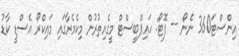
އިންސްޓަ360 ނެނޯ -- ފޮޓޯ: ހައިޕްބީސްޓް މީގެއިތުރުން މިކެމެރާގައި މައިކްރޯ އެސްޑީ ކާޑު